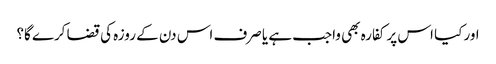
اور کیا اس پر کفارہ بھی واجب ہے یا صرف اس دن کے روزہ کی قضا کرے گا؟